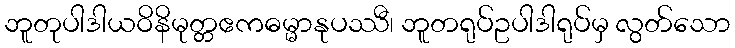
ဘူတုပါဒါယဝိနိမုတ္တဧကဓမ္မာနုပဿီ၊ ဘူတရုပ်ဥပါဒါရုပ်မှ လွတ်သော